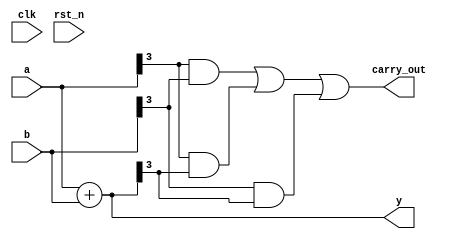
module cpld_example (
    input wire clk,          // Clock input
    input wire rst_n,       // Active low reset
    input wire [3:0] a,     // 4-bit input
    input wire [3:0] b,     // 4-bit input
    output wire [3:0] y,    // 4-bit output
    output wire carry_out    // Carry output for addition
);

// Internal signals
wire [3:0] sum;           // Sum output
wire [3:0] and_result;    // AND result
wire [3:0] or_result;     // OR result
wire [3:0] xor_result;    // XOR result

// Logic Block 1: Combinational Logic Functions
assign sum = a + b;                     // Simple addition
assign and_result = a & b;               // AND operation
assign or_result = a | b;                // OR operation
assign xor_result = a ^ b;               // XOR operation

// Logic Block 2: Carry Logic (for example, in a full adder)
assign carry_out = (a[3] & b[3]) | (a[3] & sum[3]) | (b[3] & sum[3]);

// Output assignment
assign y = sum;                          // Output the sum

endmodule